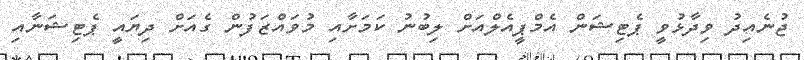
ޖުނެއިދު ވިދާޅުވީ ޕެޓިޝަން އެމްޕީއެލްއަށް ލިބުނު ކަމަށާއި މުވައްޒަފުން ގެއަށް ދިޔައީ ޕެޓިޝަނާއި